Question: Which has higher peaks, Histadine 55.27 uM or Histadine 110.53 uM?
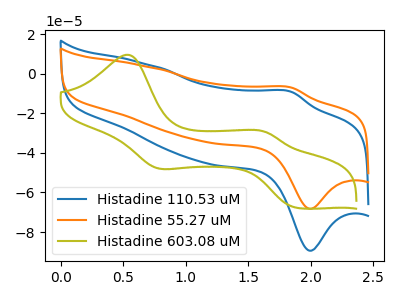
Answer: <think>The blue curve "Histadine 110.53 uM" has an anodic peak at (1.85V, -9.10uA) and a cathodic peak at (2.00V, -89.50uA). The orange curve "Histadine 55.27 uM" has an anodic peak at (1.85V, -6.95uA) and a cathodic peak at (2.00V, -68.25uA). The olive curve "Histadine 603.08 uM" has anodic peaks at (0.55V, 9.65uA) (1.65V, -29.45uA) and cathodic peaks at (0.80V, -47.70uA) (1.90V, -67.80uA).</think>
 <answer>The peaks in "Histadine 55.27 uM" are neither all higher or all lower than the peaks in "Histadine 110.53 uM".</answer>
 <eval>mixed</eval>